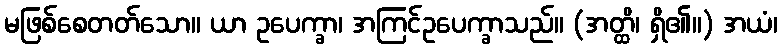
မဖြစ်စေတတ်သော။ ယာ ဥပေက္ခာ၊ အကြင်ဥပေက္ခာသည်။ (အတ္ထိ၊ ရှိ၏။) အယံ၊